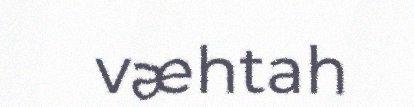
væhtah